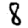
Digit: 8